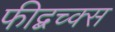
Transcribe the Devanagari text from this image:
फीद्बच्क्स